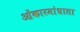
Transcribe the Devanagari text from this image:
ओंकारमांधाता